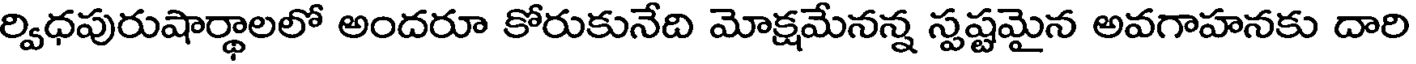
ర్విధపురుషార్థాలలో అందరూ కోరుకునేది మోక్షమేనన్న స్పష్టమైన అవగాహనకు దారి